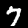
Label: 7